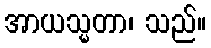
အာယသ္မတာ၊ သည်။